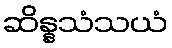
ဆိန္နသံသယံ